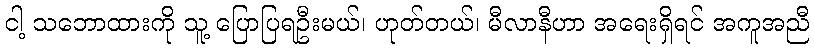
ငါ့ သဘောထားကို သူ့ ပြောပြရဦးမယ်၊ ဟုတ်တယ်၊ မီလာနီဟာ အရေးရှိရင် အကူအညီ